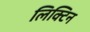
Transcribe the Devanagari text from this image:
लिक्टिन